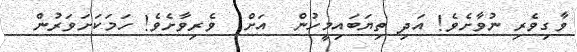
ވާގިވެރި ނުވާށެވެ! އަދި ތިޔަބައިމީހުން  އަށް  ވެރިވާށެވެ! ހަމަކަށަވަރުން